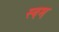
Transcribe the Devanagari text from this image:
स्वम